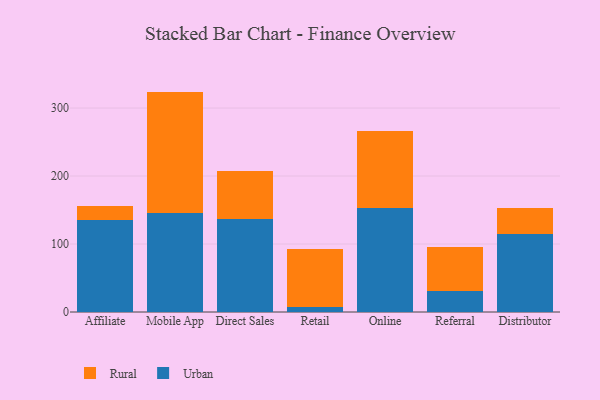
{"axis": {"x": "Channel", "y": "Gross Profit (USD K)"}, "legend": ["Rural", "Urban"], "data": [{"x": "Affiliate", "y": 135.6, "type": "Urban"}, {"x": "Affiliate", "y": 20.8, "type": "Rural"}, {"x": "Mobile App", "y": 145.4, "type": "Urban"}, {"x": "Mobile App", "y": 178.8, "type": "Rural"}, {"x": "Direct Sales", "y": 136.3, "type": "Urban"}, {"x": "Direct Sales", "y": 71.0, "type": "Rural"}, {"x": "Retail", "y": 7.4, "type": "Urban"}, {"x": "Retail", "y": 85.7, "type": "Rural"}, {"x": "Online", "y": 153.2, "type": "Urban"}, {"x": "Online", "y": 112.7, "type": "Rural"}, {"x": "Referral", "y": 31.0, "type": "Urban"}, {"x": "Referral", "y": 64.0, "type": "Rural"}, {"x": "Distributor", "y": 114.3, "type": "Urban"}, {"x": "Distributor", "y": 38.1, "type": "Rural"}]}